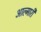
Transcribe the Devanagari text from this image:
आल्मारी